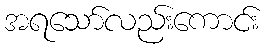
အရသော်လည်းကောင်း